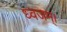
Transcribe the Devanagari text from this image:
ध्वजम्।